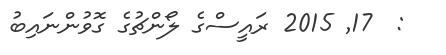
:  17